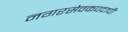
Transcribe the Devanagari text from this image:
नगरसेवकपदाची